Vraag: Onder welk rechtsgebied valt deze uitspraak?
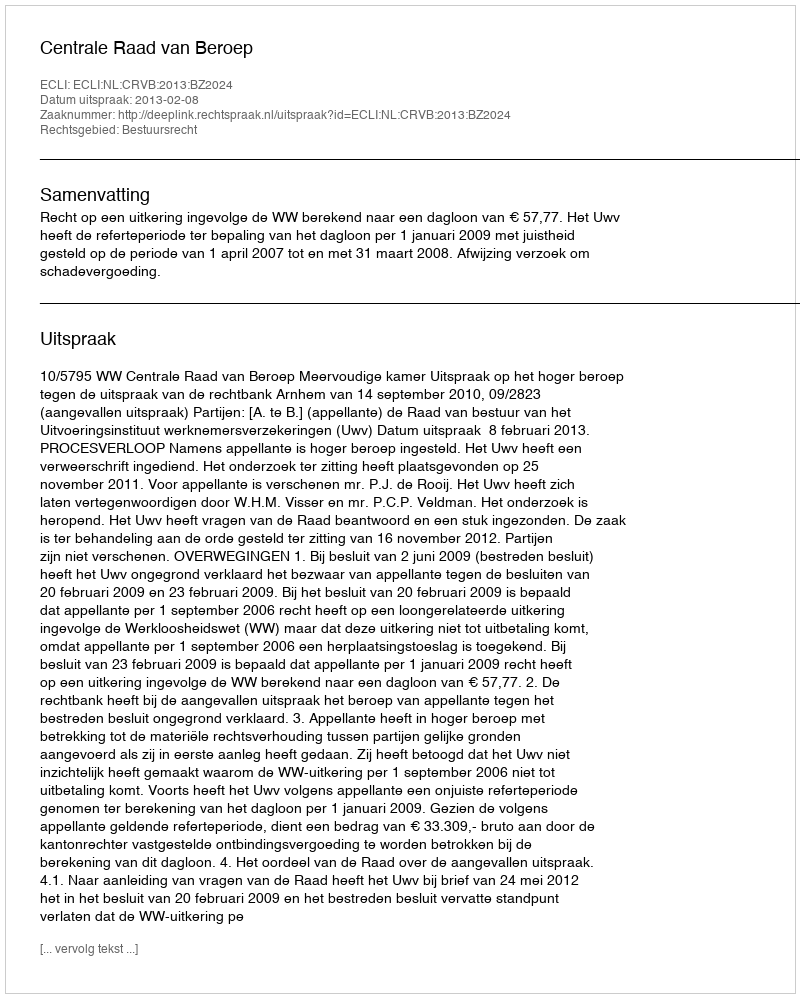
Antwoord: Bestuursrecht